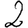
Digit: 2